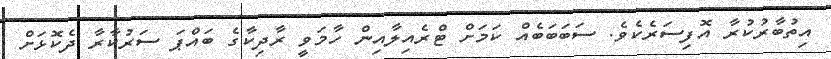
އިތުބާރުކުރާ އޮފިސަރެކެވެ. ސަބަބަބެއް ކަމަށް ޓްރެއިލާއިން ހާމަވީ ރާދިކާގެ ބައްޕަ ސަރުކާރާ ދެކޮޅަށް